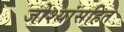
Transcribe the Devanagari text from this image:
जोश्यांसहित